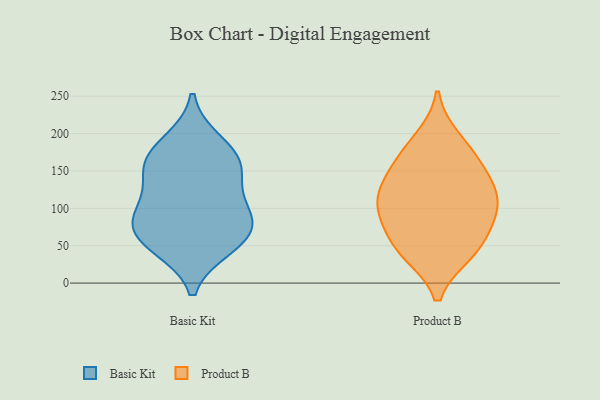
{"axis": {"x": "Backlog", "y": "Value"}, "legend": ["Basic Kit", "Product B"], "data": [{"x": "", "y": 65, "type": "Basic Kit"}, {"x": "", "y": 187, "type": "Basic Kit"}, {"x": "", "y": 59, "type": "Basic Kit"}, {"x": "", "y": 82, "type": "Basic Kit"}, {"x": "", "y": 50, "type": "Basic Kit"}, {"x": "", "y": 157, "type": "Basic Kit"}, {"x": "", "y": 161, "type": "Basic Kit"}, {"x": "", "y": 154, "type": "Basic Kit"}, {"x": "", "y": 97, "type": "Basic Kit"}, {"x": "", "y": 104, "type": "Basic Kit"}, {"x": "", "y": 79, "type": "Product B"}, {"x": "", "y": 47, "type": "Product B"}, {"x": "", "y": 132, "type": "Product B"}, {"x": "", "y": 84, "type": "Product B"}, {"x": "", "y": 40, "type": "Product B"}, {"x": "", "y": 113, "type": "Product B"}, {"x": "", "y": 137, "type": "Product B"}, {"x": "", "y": 109, "type": "Product B"}, {"x": "", "y": 101, "type": "Product B"}, {"x": "", "y": 193, "type": "Product B"}, {"x": "", "y": 42, "type": "Product B"}, {"x": "", "y": 173, "type": "Product B"}, {"x": "", "y": 160, "type": "Product B"}]}